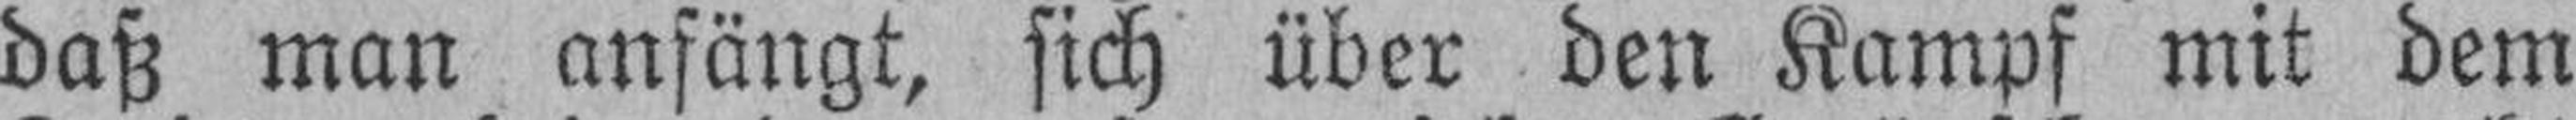
daß man anfängt, sich über den Kampf mit dem